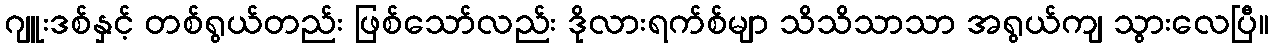
ဂျူးဒစ်နှင့် တစ်ရွယ်တည်း ဖြစ်သော်လည်း ဒိုလားရက်စ်မျာ သိသိသာသာ အရွယ်ကျ သွားလေပြီ။